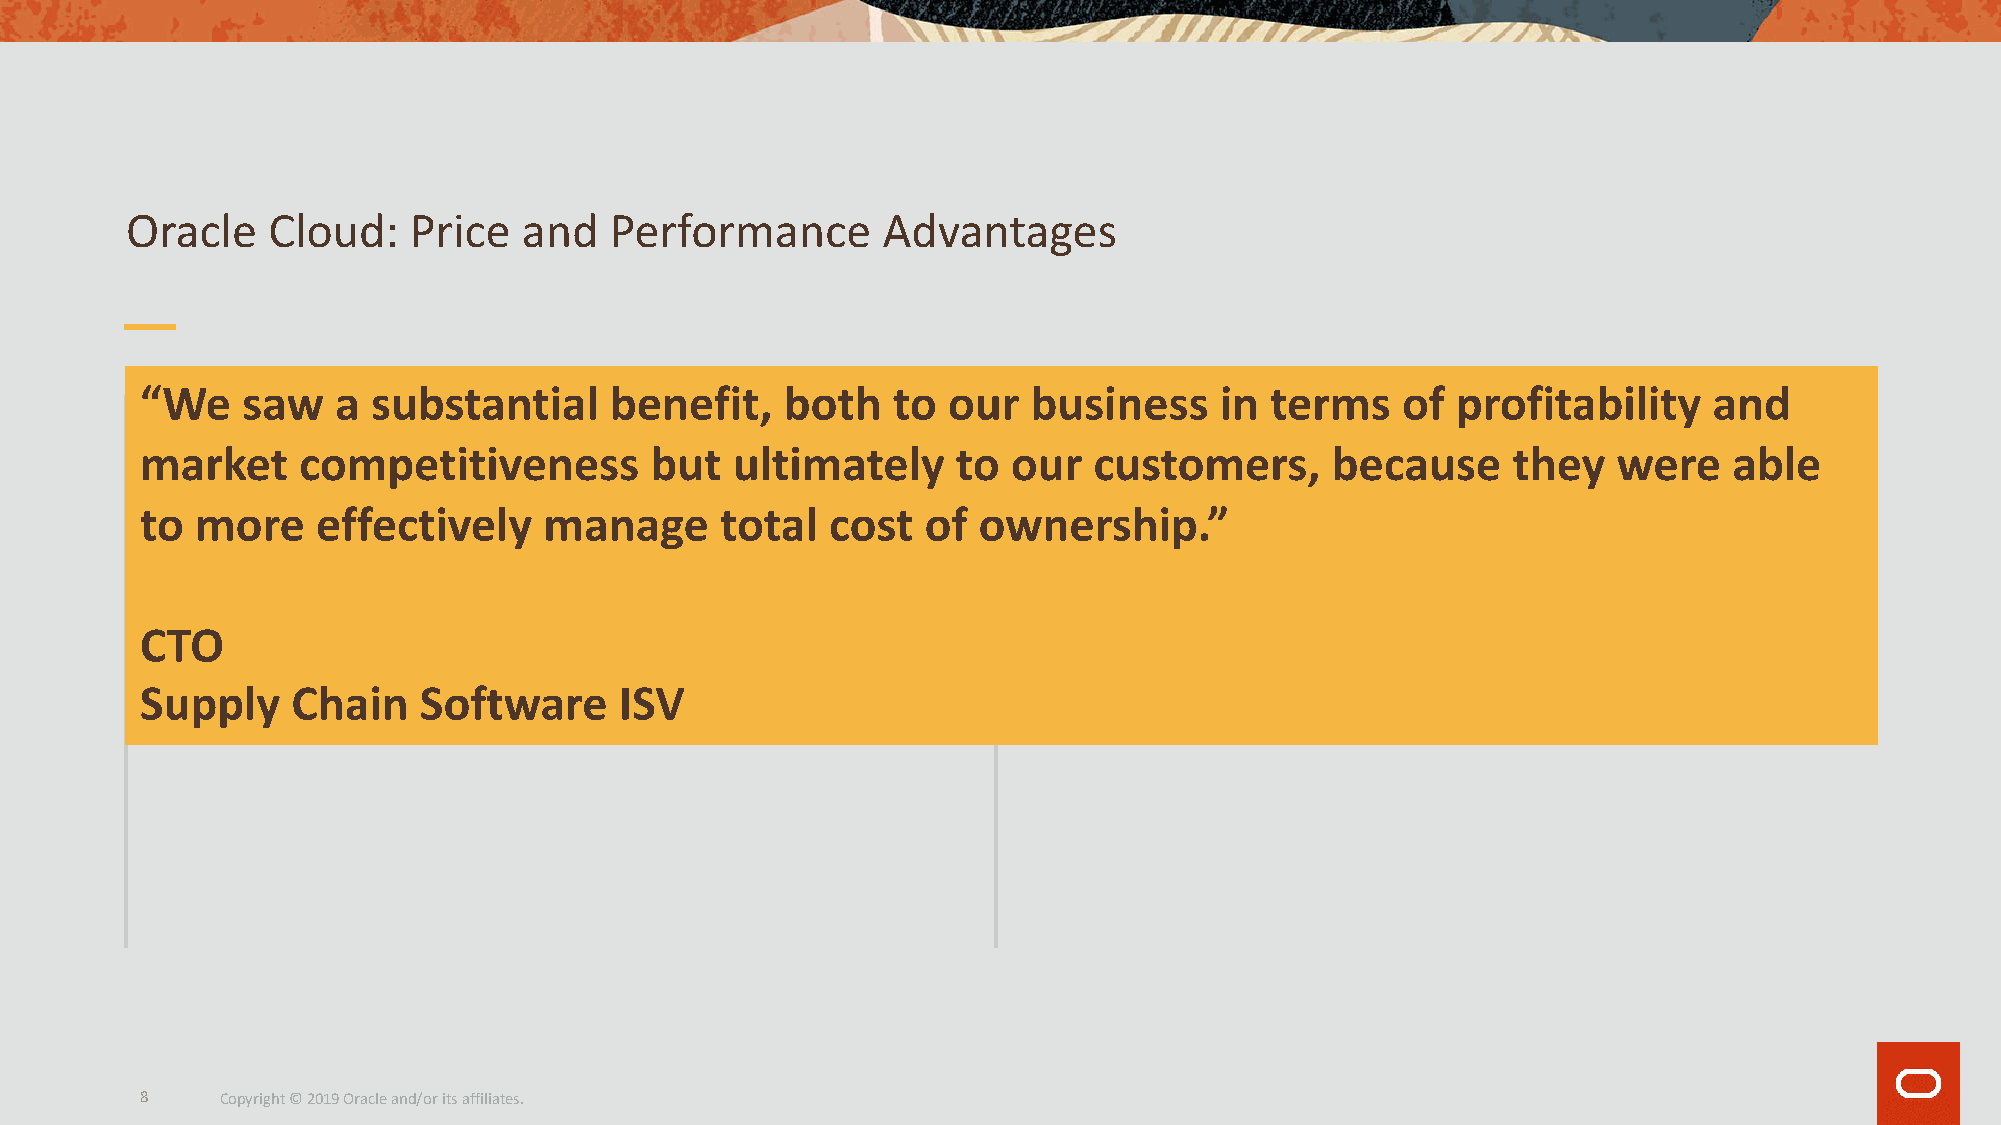
Oracle    Cloud:   Price   and  Performance       Advantages
 “We    saw   a  substantial    benefit,    both   to  our  business     in terms    of profitability    and
 market     competitiveness        but  ultimately     to  our  customers,      because     they   were    able
 to  more    effectively    manage      total  cost  of  ownership.”
 CTO
 Supply    Chain    Software     ISV
 8     Copyright © 2019 Oracle and/or its affiliates.